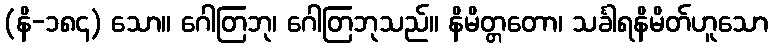
(နိ-၁၈၄) သော။ ဂေါတြဘု၊ ဂေါတြဘုသည်။ နိမိတ္တတော၊ သင်္ခါရနိမိတ်ဟူသော